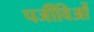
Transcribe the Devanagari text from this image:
पर्जीविओं